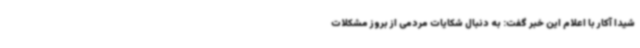
شیدا آکار با اعلام این خبر گفت: به دنبال شکایات مردمی از بروز مشکلات